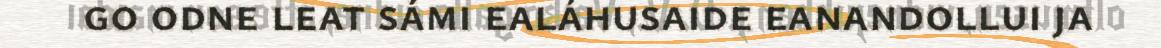
go odne leat sámi ealáhusaide eanandollui ja